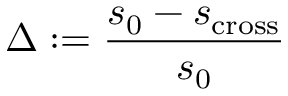
\Delta : = \frac { s _ { 0 } - s _ { \mathrm { c r o s s } } } { s _ { 0 } }